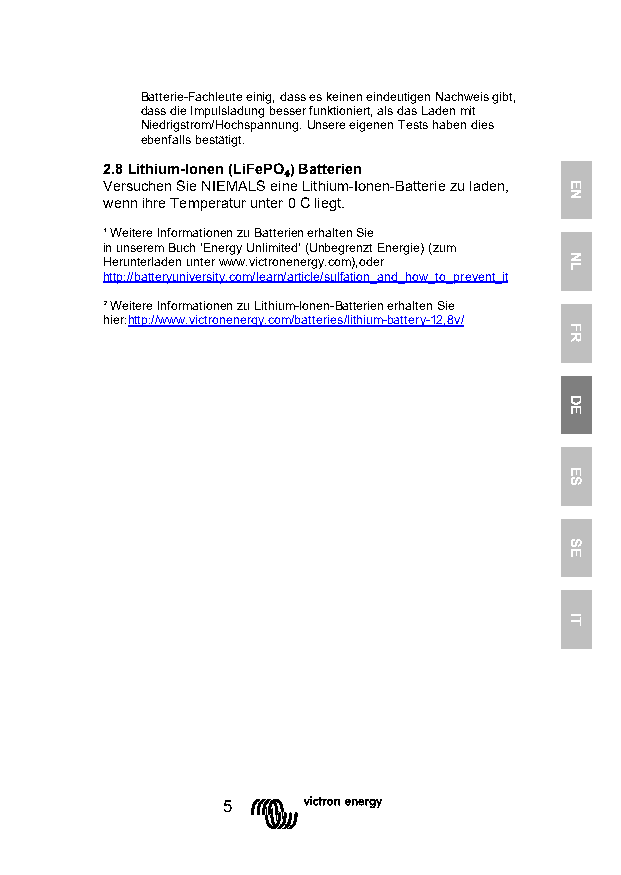
Batterie-Fachleute einig, dass es keinen eindeutigen Nachweis gibt,
 dass die Impulsladung besser funktioniert, als das Laden mit
 Niedrigstrom/Hochspannung. Unsere eigenen Tests haben dies
 ebenfalls bestätigt.
 2.8 Lithium-Ionen (LiFePO) Batterien
 Versuchen Sie NIEMALS eine Lithium-Ionen-Batterie zu laden,
 wenn ihre Temperatur unter ₄0 C liegt.
 ¹ Weitere Informationen zu Batterien erhalten Sie
 in unserem Buch ‘Energy Unlimited’ (Unbegrenzt Energie) (zum
 Herunterladen unter www.victronenergy.com),oder
 http://batteryuniversity.com/learn/article/sulfation_and_how_to_prevent_it
 ² Weitere Informationen zu Lithium-Ionen-Batterien erhalten Sie
 hier:http://www.victronenergy.com/batteries/lithium-battery-12,8v/
 5
 EN
 NL
 FR
 DE
 ES
 SE
 IT